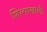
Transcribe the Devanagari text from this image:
शिल्पाखाली